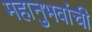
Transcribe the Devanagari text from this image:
महानुभवांची